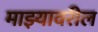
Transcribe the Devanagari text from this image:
माझ्यावरील